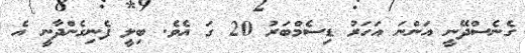
ގެނެސްދޭނީ އަންނަ އަހަރު ޑިސެމްބަރު 20 ގަ އެވެ. ބިލީ ފެނިގެންދާނީ އެ